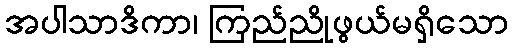
အပါသာဒိကာ၊ ကြည်ညိုဖွယ်မရှိသော